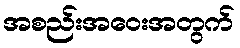
အစည်းအဝေးအတွက်